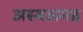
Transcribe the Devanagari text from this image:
अस्वलगड